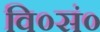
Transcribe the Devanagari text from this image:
वि०सं०